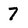
Character: 7